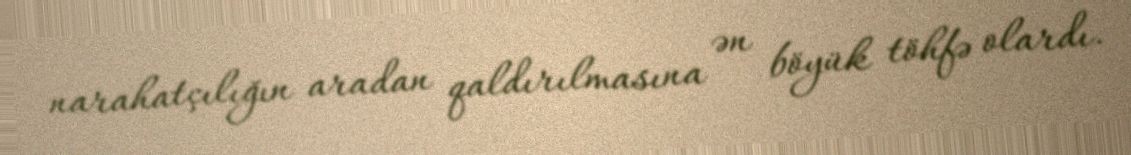
narahatçılığın aradan qaldırılmasına ən böyük töhfə olardı.